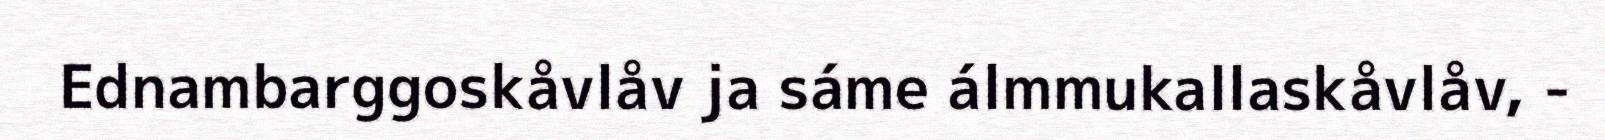
Ednambarggoskåvlåv ja sáme álmmukallaskåvlåv, -